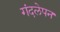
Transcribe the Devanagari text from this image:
गंदलेपन